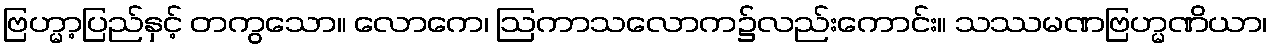
ဗြဟ္မာ့ပြည်နှင့် တကွသော။ လောကေ၊ ဩကာသလောက၌လည်းကောင်း။ သဿမဏဗြဟ္မဏိယာ၊